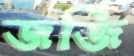
জর্জি